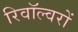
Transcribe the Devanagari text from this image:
रिवॉल्वरों